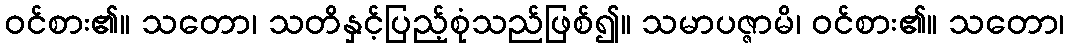
ဝင်စား၏။ သတော၊ သတိနှင့်ပြည့်စုံသည်ဖြစ်၍။ သမာပဇ္ဇာမိ၊ ဝင်စား၏။ သတော၊